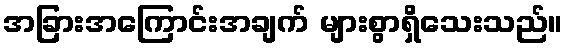
အခြားအကြောင်းအချက် များစွာရှိသေးသည်။